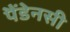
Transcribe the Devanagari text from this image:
पैंडेनसी